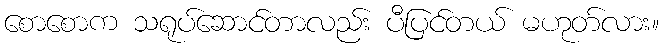
စောစောက သရုပ်ဆောင်တာလည်း ပီပြင်တယ် မဟုတ်လား။